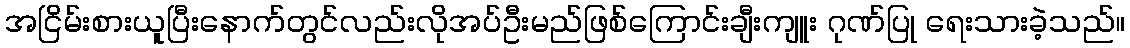
အငြိမ်းစားယူပြီးနောက်တွင်လည်းလိုအပ်ဦးမည်ဖြစ်ကြောင်းချီးကျူး ဂုဏ်ပြု ရေးသားခဲ့သည်။